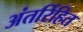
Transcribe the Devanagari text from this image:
अंतर्रिहित